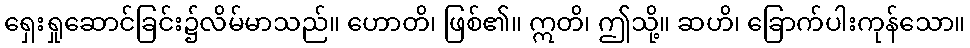
ရှေးရှုဆောင်ခြင်း၌လိမ်မာသည်။ ဟောတိ၊ ဖြစ်၏။ ဣတိ၊ ဤသို့။ ဆဟိ၊ ခြောက်ပါးကုန်သော။